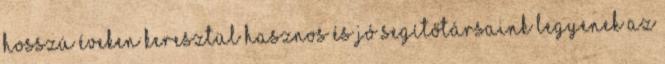
hosszú éveken keresztül hasznos és jó segítőtársaink legyenek az